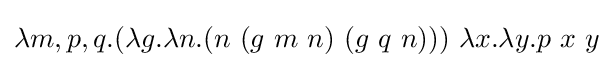
\lambda m,p,q.(\lambda g.\lambda n.(n\ (g\ m\ n)\ (g\ q\ n)))\ \lambda x.\lambda y.p\ x\ y